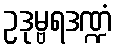
ဥဒုမ္ဗရဒဏ္ဍံ